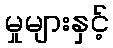
မှုများနှင့်